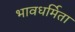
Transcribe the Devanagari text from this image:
भावधर्मिता